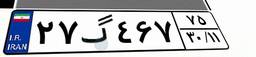
۲۷گ۴۶۷۷۵